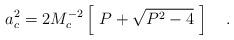
LaTeX: \begin{align*}a_c^2=2M_c^{-2}\left[~P+\sqrt{P^2-4}~\right]~~~.\end{align*}